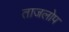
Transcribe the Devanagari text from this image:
ताजलोप